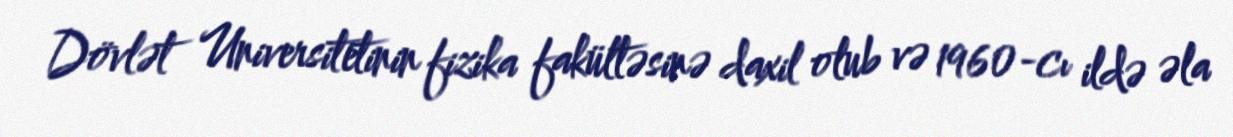
Dövlət Universitetinin fizika fakültəsinə daxil olub və 1960-cı ildə əla